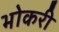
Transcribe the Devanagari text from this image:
भोकरी